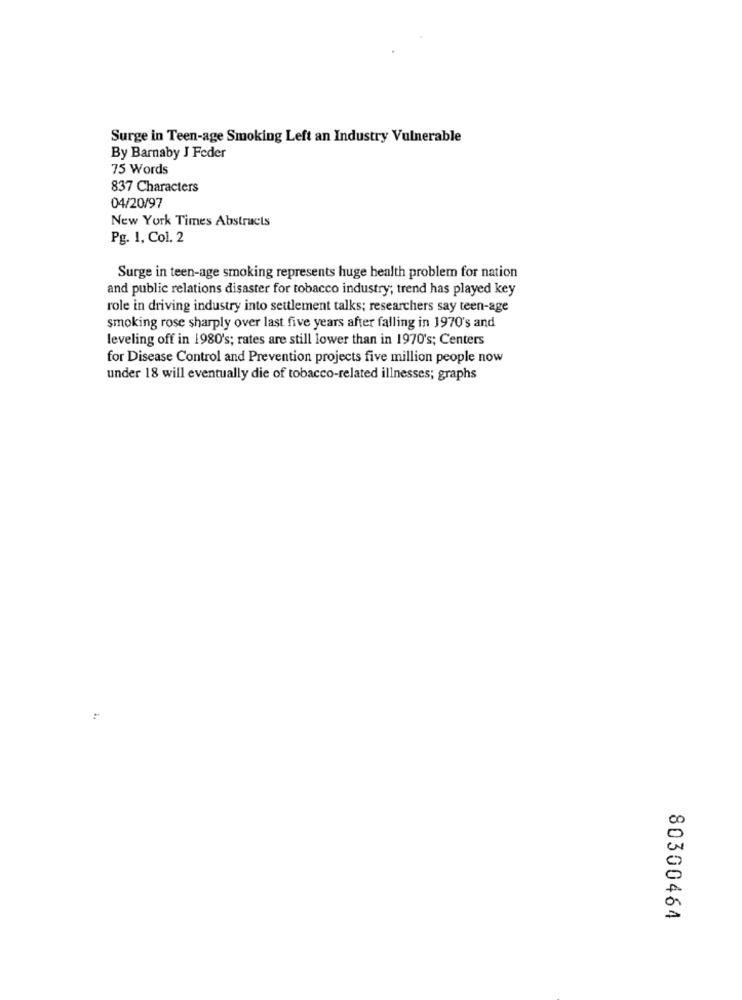
Surge in Teen-age Smoking Left an Industry Vulnerable
By Barnaby J Feder
75 Words
837 Characters
04/20/97
New York Times Abstracts
Pg. 1, Col. 2
Surge in teen-age smoking represents huge health problem for nation
and public relations disaster for tobacco industry; trend has played key
role in driving industry into settlement talks; researchers say teen-age
smoking rose sharply over last five years after falling in 1970's and
leveling off in 1980's; rates are still lower than in 1970's; Centers
for Disease Control and Prevention projects five million people now
under 18 will eventually die of tobacco-related illnesses; graphs
80300464